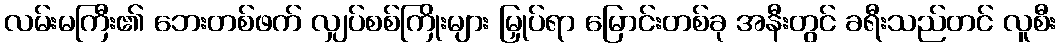
လမ်းမကြီး၏ ဘေးတစ်ဖက် လျှပ်စစ်ကြိုးများ မြှုပ်ရာ မြောင်းတစ်ခု အနီးတွင် ခရီးသည်တင် လူစီး